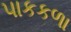
પાકકળા